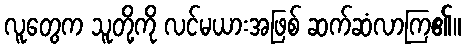
လူတွေက သူတို့ကို လင်မယားအဖြစ် ဆက်ဆံလာကြ၏။